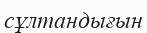
сұлтандығын